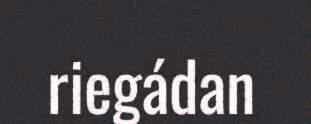
riegádan